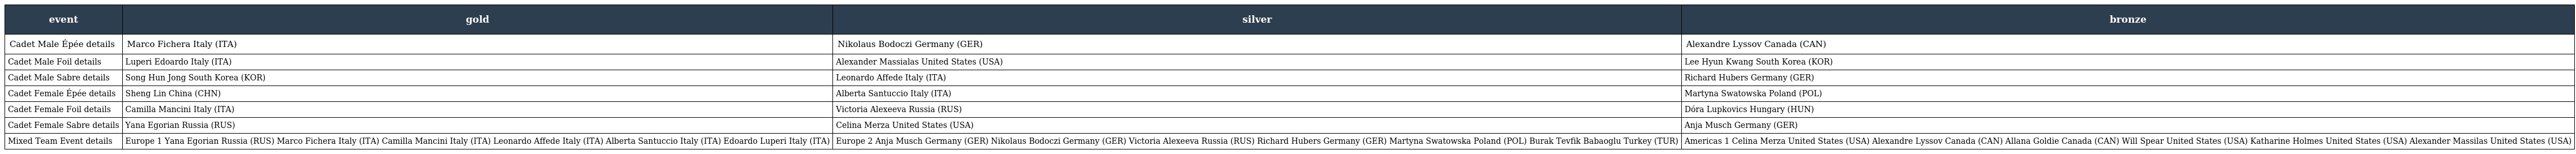
| event | gold | silver | bronze |
 | --- | --- | --- | --- |
 | Cadet Male Épée details | Marco Fichera Italy (ITA) | Nikolaus Bodoczi Germany (GER) | Alexandre Lyssov Canada (CAN) |
 | Cadet Male Foil details | Luperi Edoardo Italy (ITA) | Alexander Massialas United States (USA) | Lee Hyun Kwang South Korea (KOR) |
 | Cadet Male Sabre details | Song Hun Jong South Korea (KOR) | Leonardo Affede Italy (ITA) | Richard Hubers Germany (GER) |
 | Cadet Female Épée details | Sheng Lin China (CHN) | Alberta Santuccio Italy (ITA) | Martyna Swatowska Poland (POL) |
 | Cadet Female Foil details | Camilla Mancini Italy (ITA) | Victoria Alexeeva Russia (RUS) | Dóra Lupkovics Hungary (HUN) |
 | Cadet Female Sabre details | Yana Egorian Russia (RUS) | Celina Merza United States (USA) | Anja Musch Germany (GER) |
 | Mixed Team Event details | Europe 1 Yana Egorian Russia (RUS) Marco Fichera Italy (ITA) Camilla Mancini Italy (ITA) Leonardo Affede Italy (ITA) Alberta Santuccio Italy (ITA) Edoardo Luperi Italy (ITA) | Europe 2 Anja Musch Germany (GER) Nikolaus Bodoczi Germany (GER) Victoria Alexeeva Russia (RUS) Richard Hubers Germany (GER) Martyna Swatowska Poland (POL) Burak Tevfik Babaoglu Turkey (TUR) | Americas 1 Celina Merza United States (USA) Alexandre Lyssov Canada (CAN) Allana Goldie Canada (CAN) Will Spear United States (USA) Katharine Holmes United States (USA) Alexander Massilas United States (USA) |